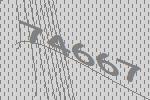
74667